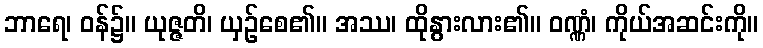
ဘာရေ၊ ဝန်၌။ ယုဇ္ဇတိ၊ ယှဉ်စေ၏။ အဿ၊ ထိုနွားလား၏။ ဝဏ္ဏံ၊ ကိုယ်အဆင်းကို။